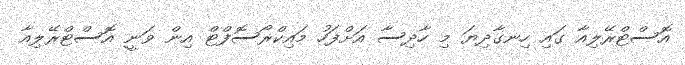
އޮސްޓްރޭލިއާ ގައި ހިނގާދިޔަ މި ހާދިސާ އަށްފަހު މައިކްރޯސޮފްޓް އިން ވަނީ އޮސްޓްރޭލިއާ